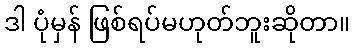
ဒါ ပုံမှန် ဖြစ်ရပ်မဟုတ်ဘူးဆိုတာ။